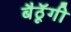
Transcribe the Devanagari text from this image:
बैठॅूगी